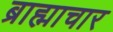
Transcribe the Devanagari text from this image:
ब्राह्माचार